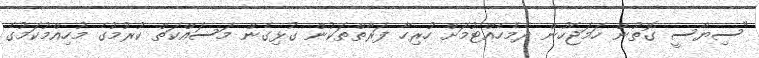
"ސިޔާސީ ގޮތުން ހަމަޖެހުން ދެމެހެއްޓުމަށް ހުރިހާ ފަރާތްތަކުން ގުޅިގެން މަސައްކަތް ކުރުމުގެ މުހިއްމުކަމުގެ